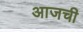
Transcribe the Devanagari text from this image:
अाजची